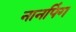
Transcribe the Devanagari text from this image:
नानपिंग